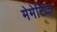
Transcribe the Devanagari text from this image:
मेमेटिक